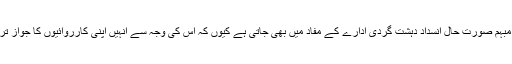
ایک طرح سے اس قسم کی مبہم صورت حال انسداد دہشت گردی ادارے کے مفاد میں بھی جاتی ہے کیوں کہ اس کی وجہ سے انہیں اپنی کارروائیوں کا جواز تراشنے کا موقع میسر آتا ہے۔